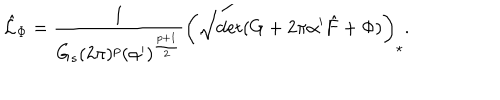
\hat { \cal L } _ { \Phi } = \frac { 1 } { G _ { s } ( 2 \pi ) ^ { p } ( \alpha ^ { \prime } ) ^ { \frac { p + 1 } { 2 } } } \left( \sqrt { \mathrm { d e t } ( G + 2 \pi \alpha ^ { \prime } \hat { F } + \Phi ) } \right) _ { \star } .